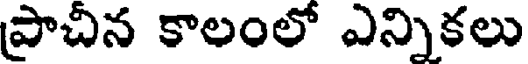
ప్రాచిన కాలంలో ఎన్నికలు